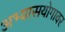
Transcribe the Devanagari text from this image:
अभ्यासयोगावर